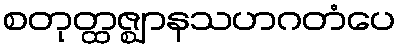
စတုတ္ထဇ္ဈာနသဟဂတံပေ